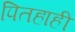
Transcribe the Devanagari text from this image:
पितहाही